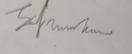
Signature authenticity: forged